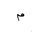
Letter: _mim